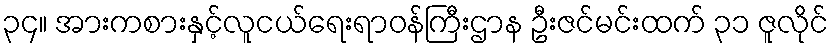
၃၄။ အားကစားနှင့်လူငယ်ရေးရာဝန်ကြီးဌာန ဦးဇင်မင်းထက် ၃၁ ဇူလိုင်